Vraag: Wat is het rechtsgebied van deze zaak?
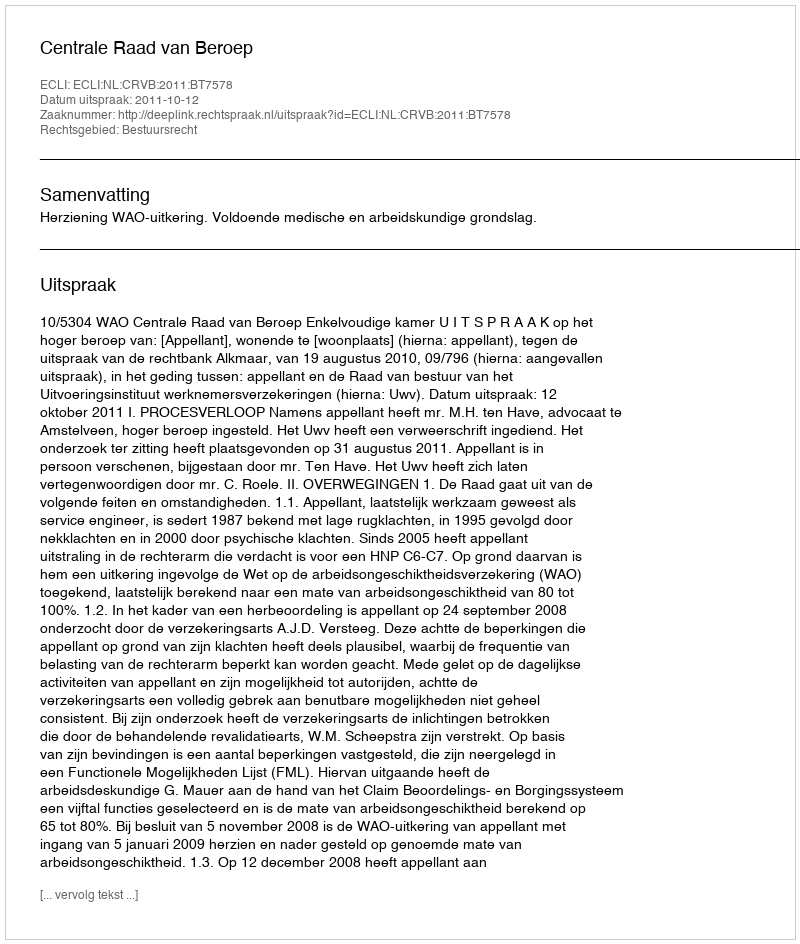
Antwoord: Bestuursrecht